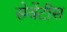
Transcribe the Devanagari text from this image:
सेवेंटीस